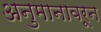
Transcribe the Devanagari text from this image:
अनुमानावरून